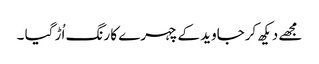
مجھے دیکھ کرجاوید کےچہرے کا رنگ اُڑ گیا ۔